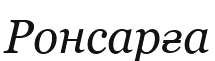
Ронсарға